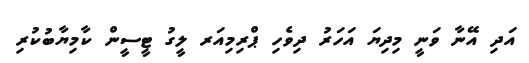
އަދި އޭނާ ވަނީ މިދިޔަ އަހަރު ދިވެހި ޕްރިމިއަރ ލީގު ޓީސީން ކާމިޔާބުކުރި